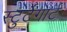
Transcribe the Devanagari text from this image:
स्टुर्टगार्ट